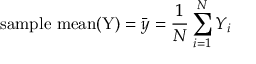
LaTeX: { \mathrm { s a m p l e ~ m e a n ( Y ) } } = { \bar { y } } = { \frac { 1 } { N } } \sum _ { i = 1 } ^ { N } Y _ { i }